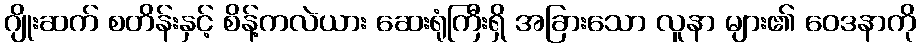
ဂျိုးဆက် စတိန်းနှင့် စိန့်ကလဲယား ဆေးရုံကြီးရှိ အခြားသော လူနာ များ၏ ဝေဒနာကို